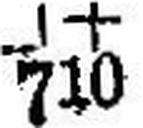
710